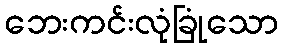
ဘေးကင်းလုံခြုံသော